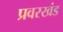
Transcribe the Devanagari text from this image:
प्रवरखंड